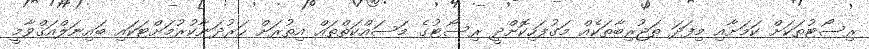
ރިސޯޓުތަކަށް ކަމަށާއި މިފަދަ ތަޖުރިބާތަކެއް މަގުފަހިކޮށްދީ ރިސޯޓުގެ މަސައްކަތްތައް އިތުރަށް ހަރުދަނާކުރުމަށްޓަކައި ބައިނަލްއަޤްވާމީ